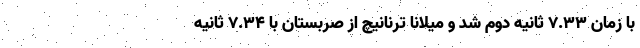
با زمان ۷.۳۳ ثانیه دوم شد و میلانا ترنانیچ از صربستان با ۷.۳۴ ثانیه